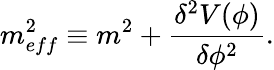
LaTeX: m_{eff}^{2}\equiv m^{2}+\frac{{\delta}^{2}V({\phi})}{{\delta}{\phi}^{2}}.